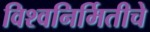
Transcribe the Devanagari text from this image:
विश्वनिर्मितीचे